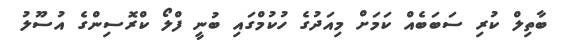
ބާތިލް ކުރި ސަބަބެއް ކަމަށް މިއަދުގެ ހުކުމްގައި ބުނީ ފްލޯ ކްރޮސިންގެ އުސޫލު